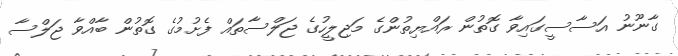
ގާނޫނު އަސާސީގައިވާ ގޮތުން ރައްޔިތުންގެ މަޖިލީހުގެ ޖަލްސާތައް ފެށުމުގެ ގޮތުން ބާއްވާ ޖަލްސާ